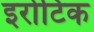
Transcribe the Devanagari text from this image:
इरोटिक